Problem: 50 - 48 = ?
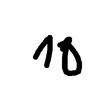
Handwritten answer: 10